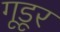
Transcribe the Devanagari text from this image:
गूडूर